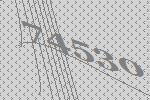
74530